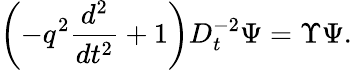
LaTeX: \left(-q^{2}\frac{d^{2}}{dt^{2}}+1\right)D_{t}^{-2}\Psi=\Upsilon\Psi.